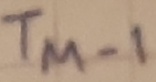
Text: TM-1